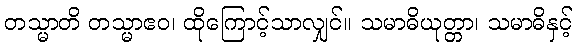
တသ္မာတိ တသ္မာဧဝ၊ ထိုကြောင့်သာလျှင်။ သမာဓိယုတ္တာ၊ သမာဓိနှင့်